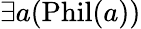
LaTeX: \exists a({\mathrm{Phil}}(a))